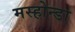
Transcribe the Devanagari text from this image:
मस्होन्डा